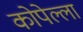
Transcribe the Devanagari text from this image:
कोपेल्ला